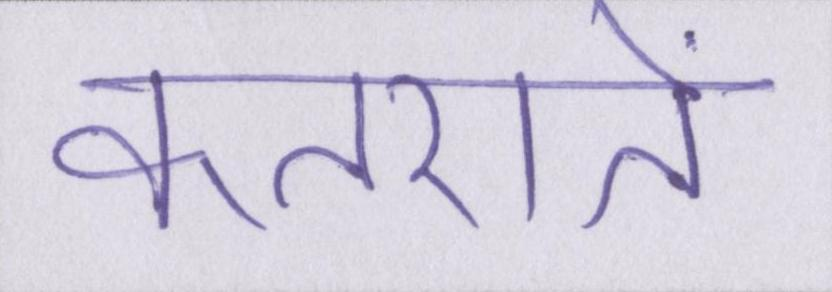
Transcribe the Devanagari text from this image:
कतराते